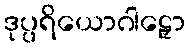
ဒုပ္ပရိယောဂါဠှော